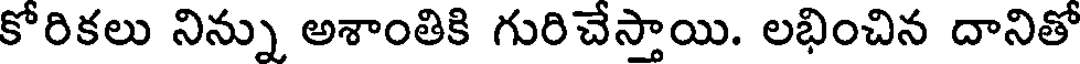
కోరికలు నిన్ను అశాంతికి గురిచేస్తాయి. లభించిన దానితో